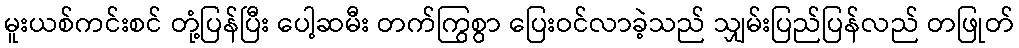
မူးယစ်ကင်းစင် တုံ့ပြန်ပြီး ပေါ့ဆမီး တက်ကြွစွာ ပြေးဝင်လာခဲ့သည် သျှမ်းပြည်ပြန်လည် တဖြုတ်